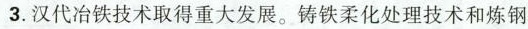
3.汉代冶铁技术取得重大发展。铸铁柔化处理技术和炼钢